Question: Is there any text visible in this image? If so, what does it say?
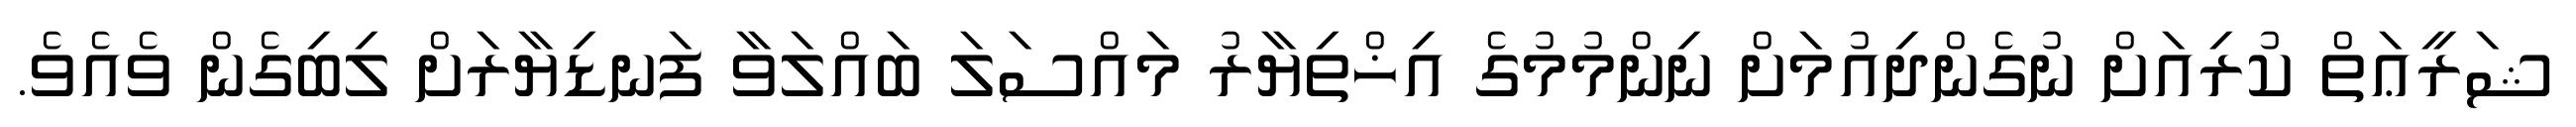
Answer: ޝަރީޢަތް ކުރިއަށް ނުގެންދިއުމަށް ނިންމުމުގެ އިޚްތިޔާރު މައްސަލަ ބައްލަވާ ފަނޑިޔާރަށް ލިބިގެން ވެއެވެ.